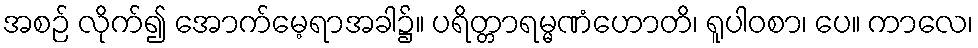
အစဉ် လိုက်၍ အောက်မေ့ရာအခါ၌။ ပရိတ္တာရမ္မဏံဟောတိ၊ ရူပါဝစာ၊ ပေ။ ကာလေ၊